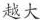
越大